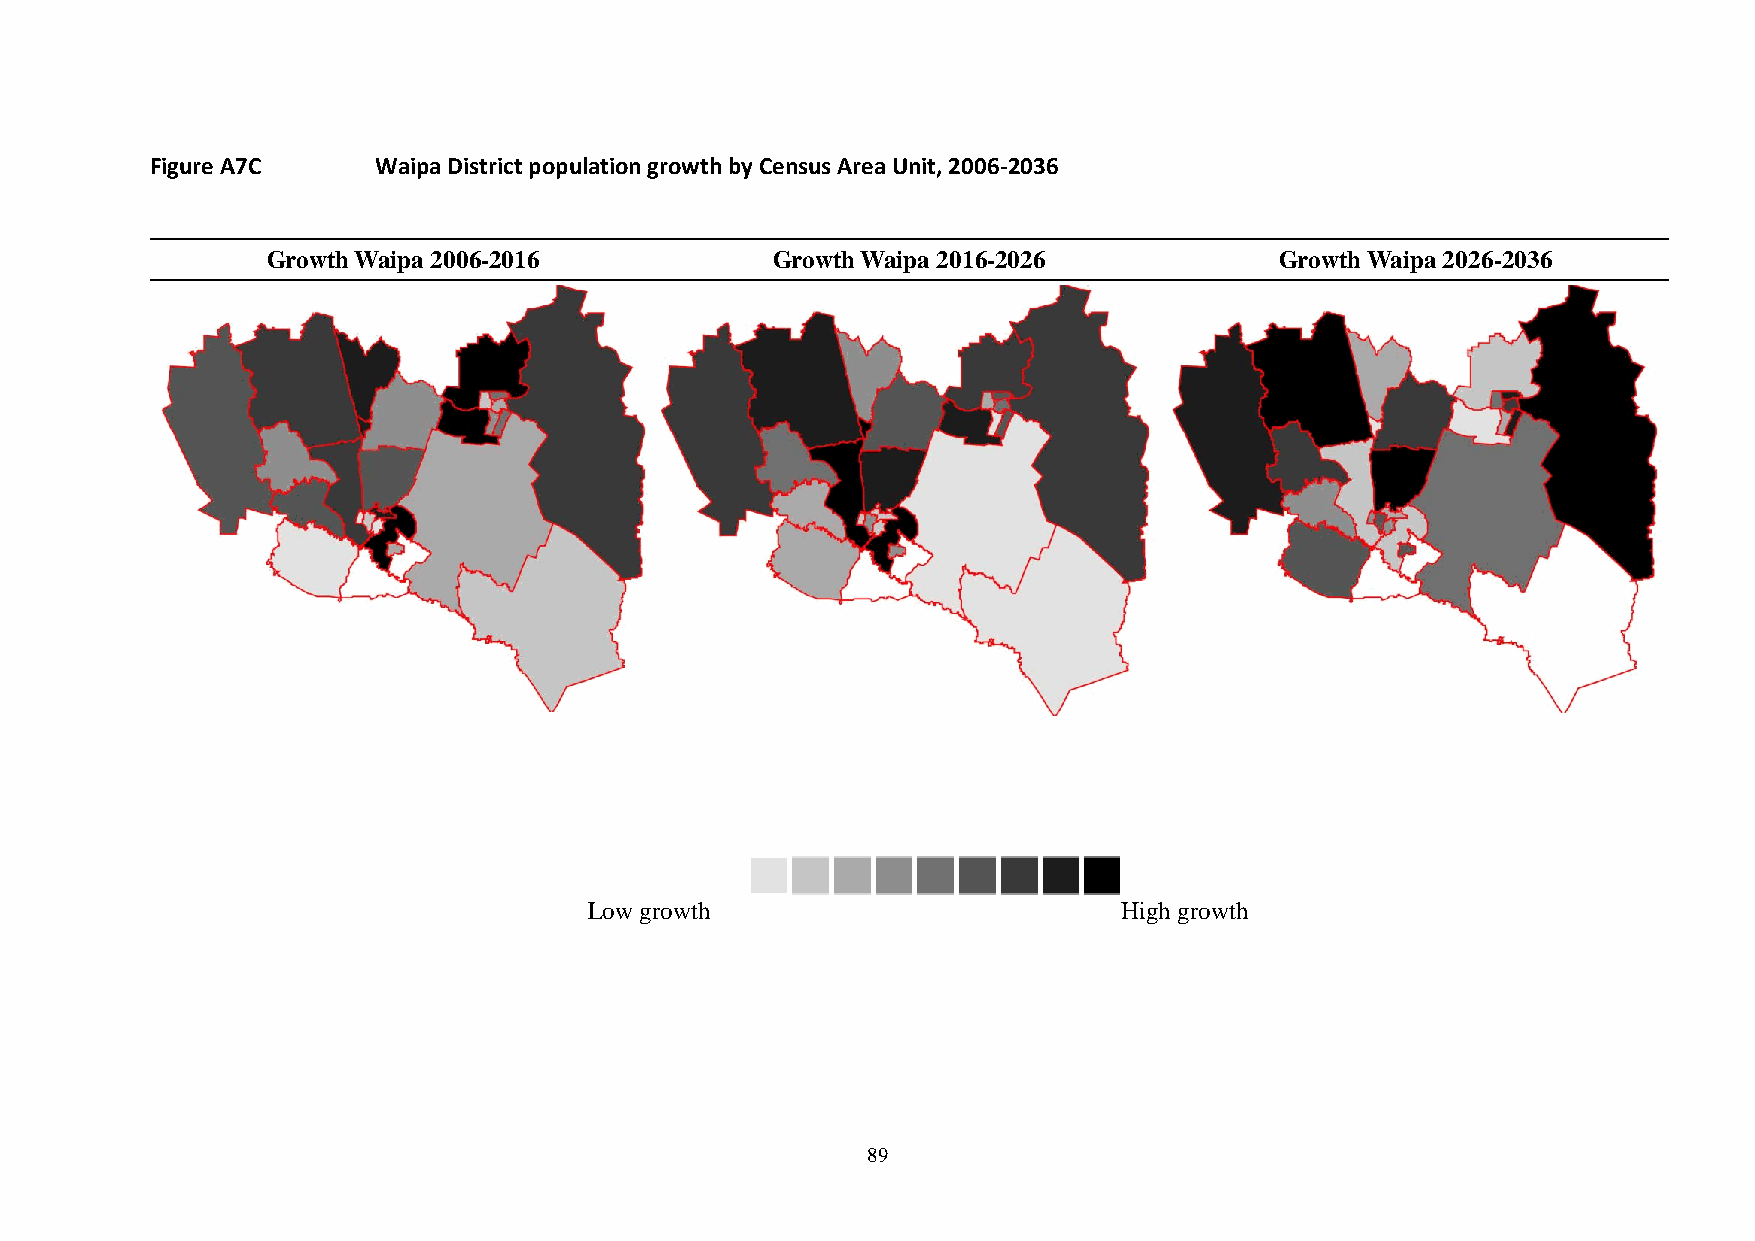
Figure A7C     Waipa District population growth by Census Area Unit, 2006-2036
 Growth Waipa 2006-2016           Growth Waipa 2016-2026            Growth Waipa 2026-2036
 Low growth                         High growth
 89